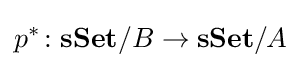
p^{*}\colon \mathbf {sSet} /B\rightarrow \mathbf {sSet} /A